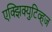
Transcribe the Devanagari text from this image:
एक्झिक्युटिव्ह्ज